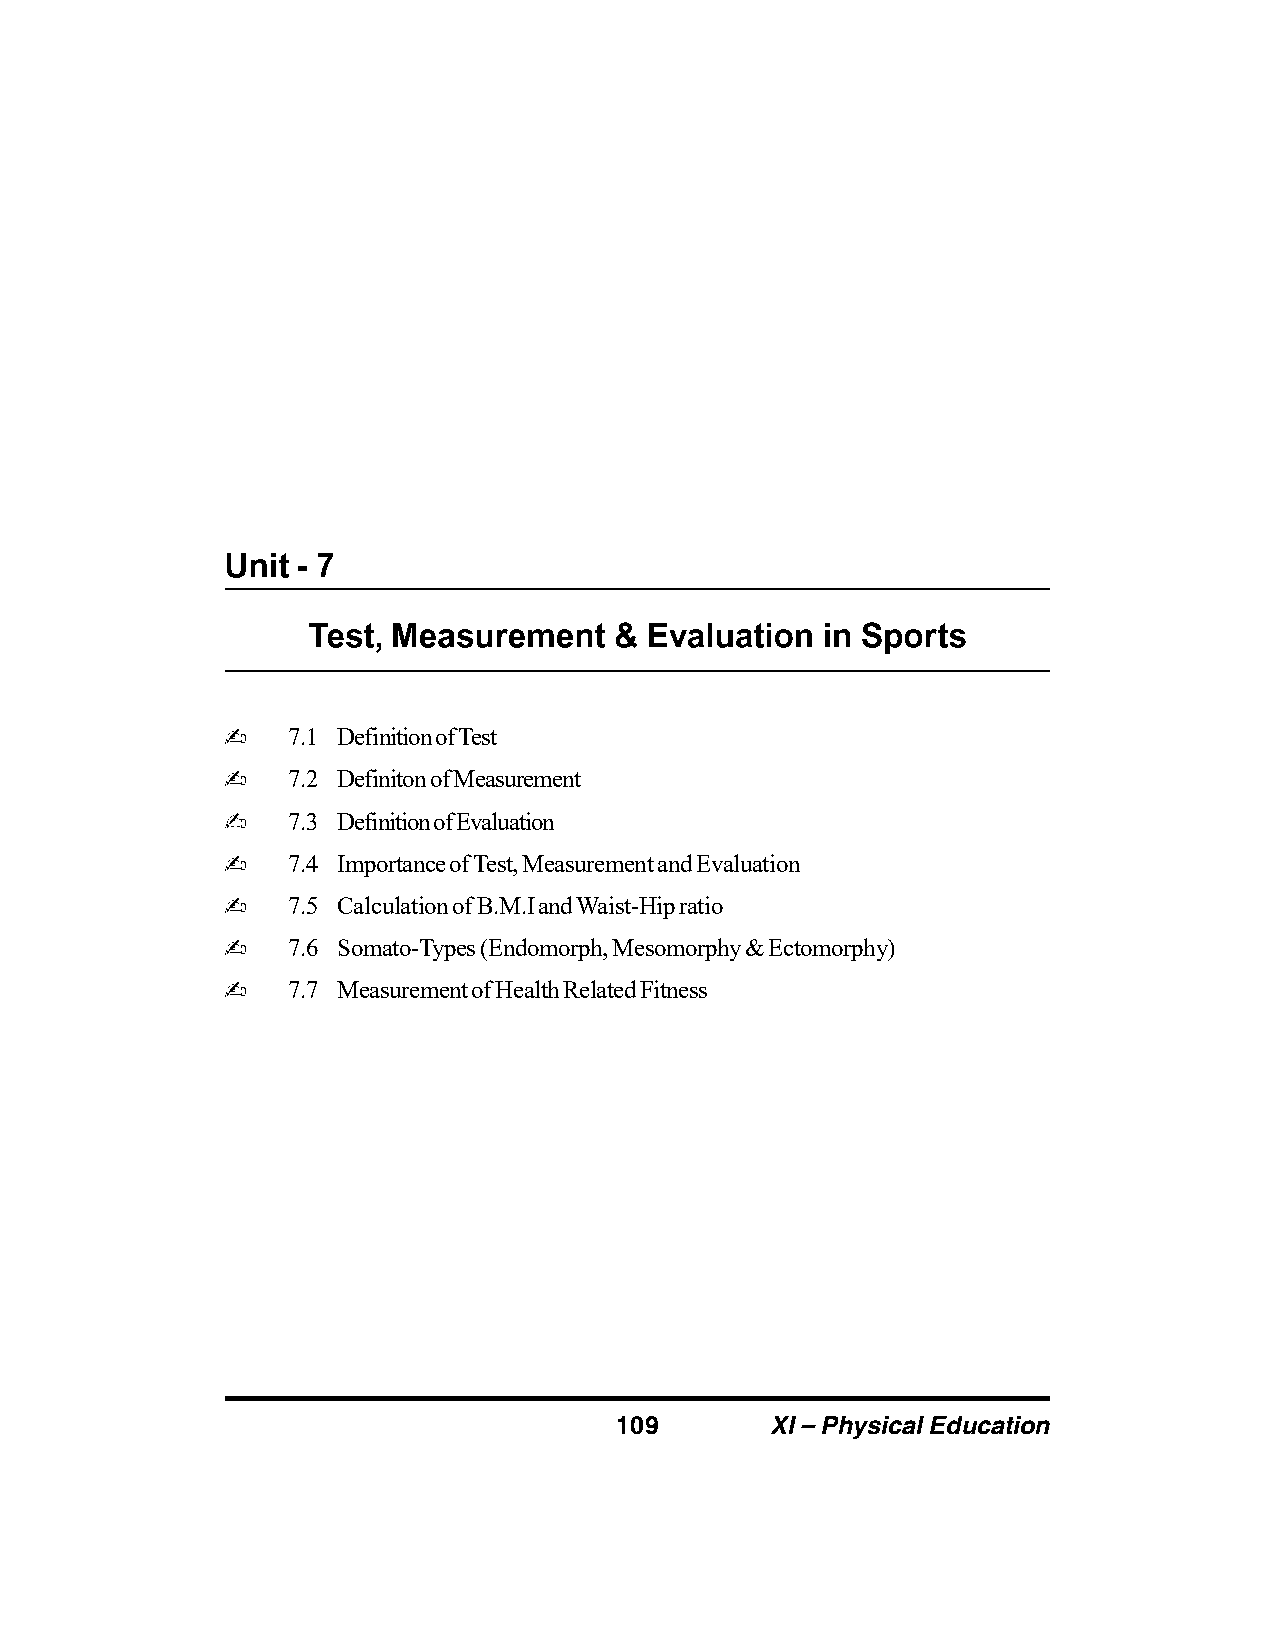
7.1 Definition of Test
 7.2 Definiton of Measurement
 7.3 Definition of Evaluation
 7.4 Importance of Test, Measurement and Evaluation
 7.5 Calculation of B.M.I and Waist-Hip ratio
 7.6 Somato-Types (Endomorph, Mesomorphy & Ectomorphy)
 7.7 Measurement of Health Related Fitness
 109       XI – Physical Education